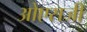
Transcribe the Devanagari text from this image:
ओएसजी